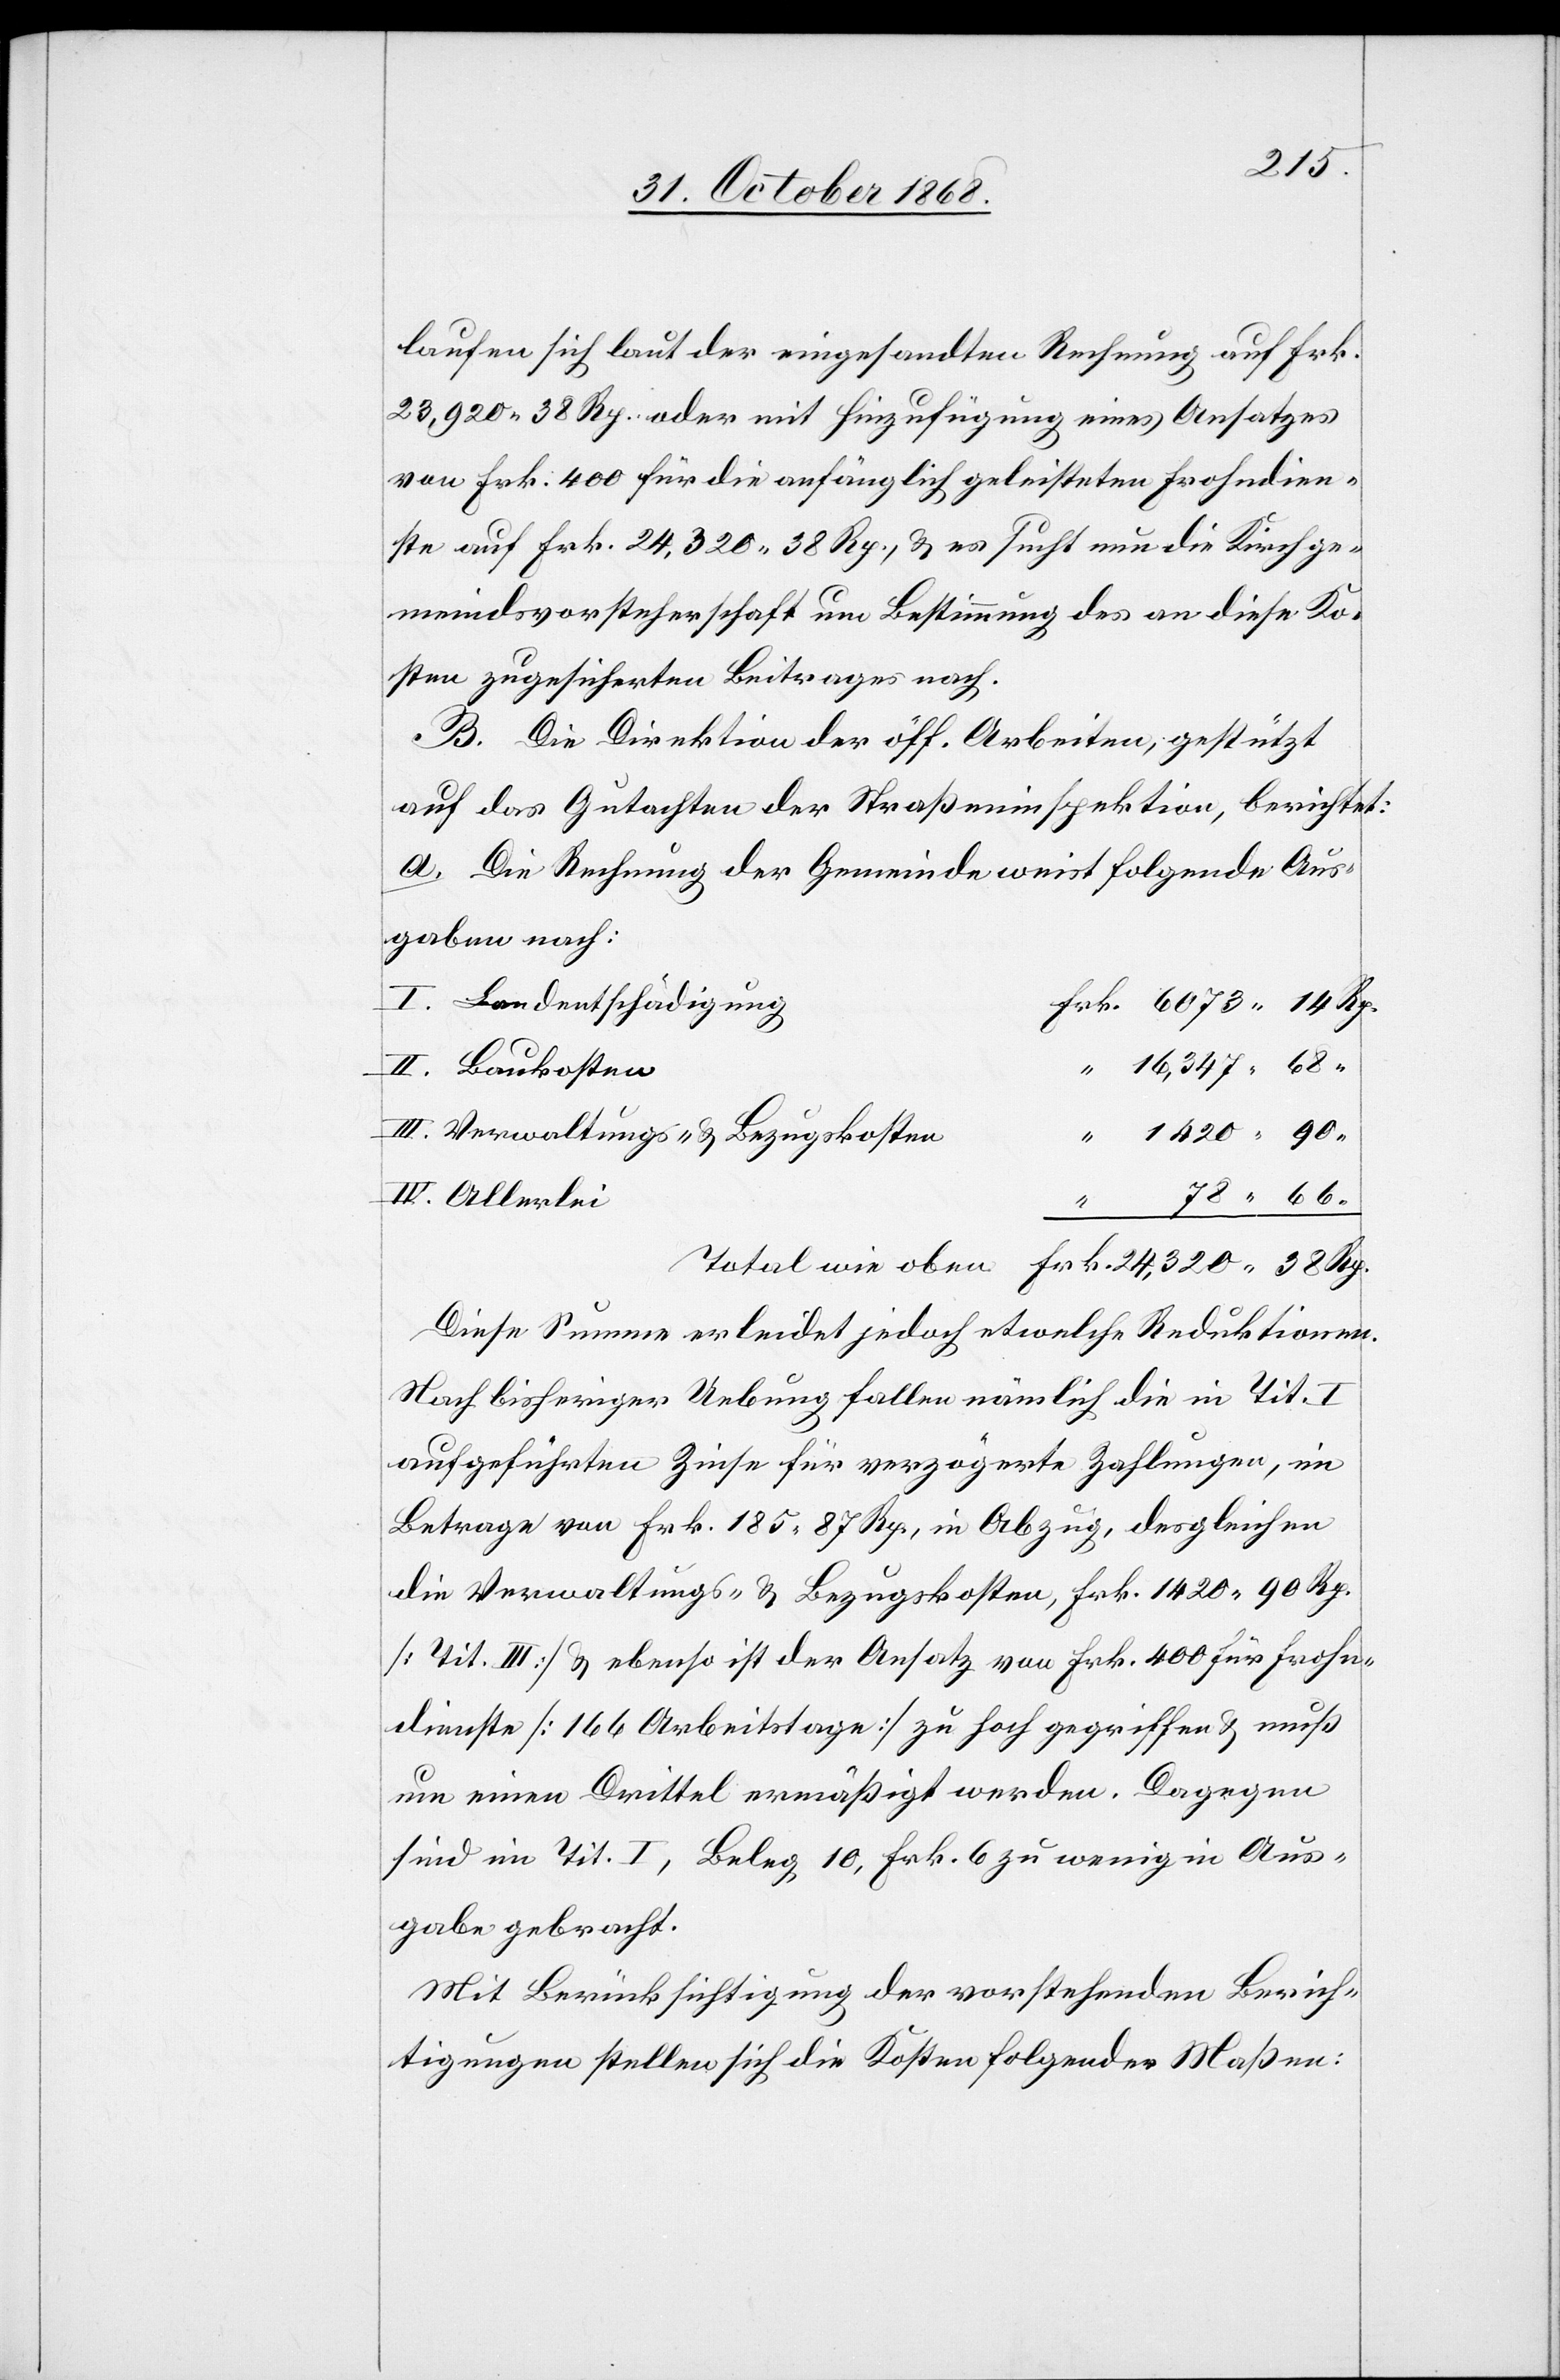
laufen sich laut der eingesandten Rechnung auf Frk.
23,920 38 Rp. oder mit Hinzufügung eines Ansatzes
von Frk. 400 für die anfänglich geleisteten Frohndien¬
ste auf Frk. 24,320 38 Rp., & es sucht nun die Kirchge¬
meindsvorsteherschaft um Bestimmung des an diese Ko¬
sten zugesicherten Beitrages nach.
B. Die Direktion der öff. Arbeiten, gestützt
auf das Gutachten der Straßeninspektion, berichtet:
a. Die Rechnung der Gemeinde weist folgende Aus¬
gaben nach:
Landentschädigung
Frk. 6073 14 Rp.
“ 16,347 68 “
Verwaltungs- & Bezugskosten
“ 1420 90
78 66
Diese Summe erleidet jedoch etwelche Reduktionen.
Nach bisheriger Uebung fallen nämlich die in Tit. I
aufgeführten Zinse für verzögerte Zahlungen, im
Betrage von Frk. 185 87 Rp., in Abzug, desgleichen
die Verwaltungs- & Bezugskosten, Frk. 1420 90 Rp.
[Tit. III] & ebenso ist der Ansatz von Frk. 400 für Frohn¬
dienste [166 Arbeitstage] zu hoch gegriffen & muß
um einen Drittel ermäßigt werden. Dagegen
sind im Tit. I, Beleg 10, Frk. 6 zu wenig in Aus¬
gabe gebracht.
Mit Berücksichtigung der vorstehenden Berich¬
tigungen stellen sich die Kosten folgender Maßen: